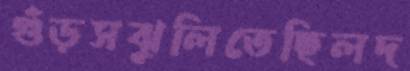
গুঁড়সঝুলিতেছিলদ